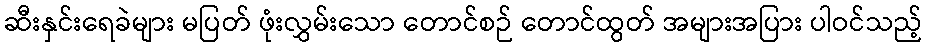
ဆီးနှင်းရေခဲများ မပြတ် ဖုံးလွှမ်းသော တောင်စဉ် တောင်ထွတ် အများအပြား ပါဝင်သည့်